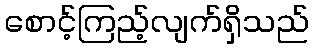
စောင့်ကြည့်လျက်ရှိသည်